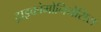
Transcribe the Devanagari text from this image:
ट्राइकोमोनियेसिस